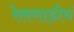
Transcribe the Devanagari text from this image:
रेलगाड़ीयं